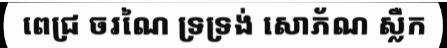
ពេជ្រ ចរណៃ ទ្រទ្រង់ សោភ័ណ ស្លឺក